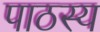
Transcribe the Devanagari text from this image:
पाठस्य